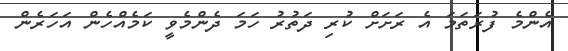
އެންމެ ފުރަތަމަ އެ ރަށަށް ކުރި ދަތުރު ހަމަ ދެންމެވީ ކަމެއްހެން އަހަރެން